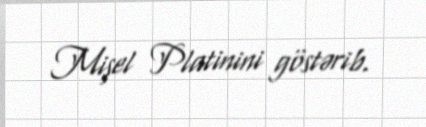
Mişel Platinini göstərib.